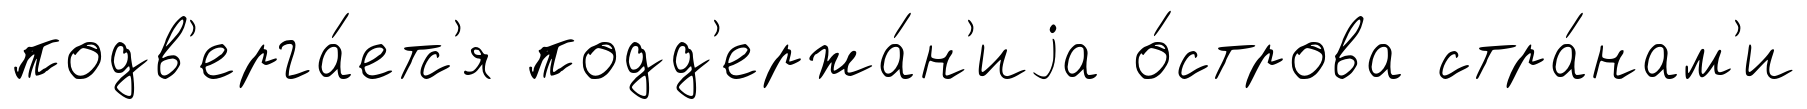
подв'ерга́етс'я подд'ержа́н'иjа о́строва стра́нам'и